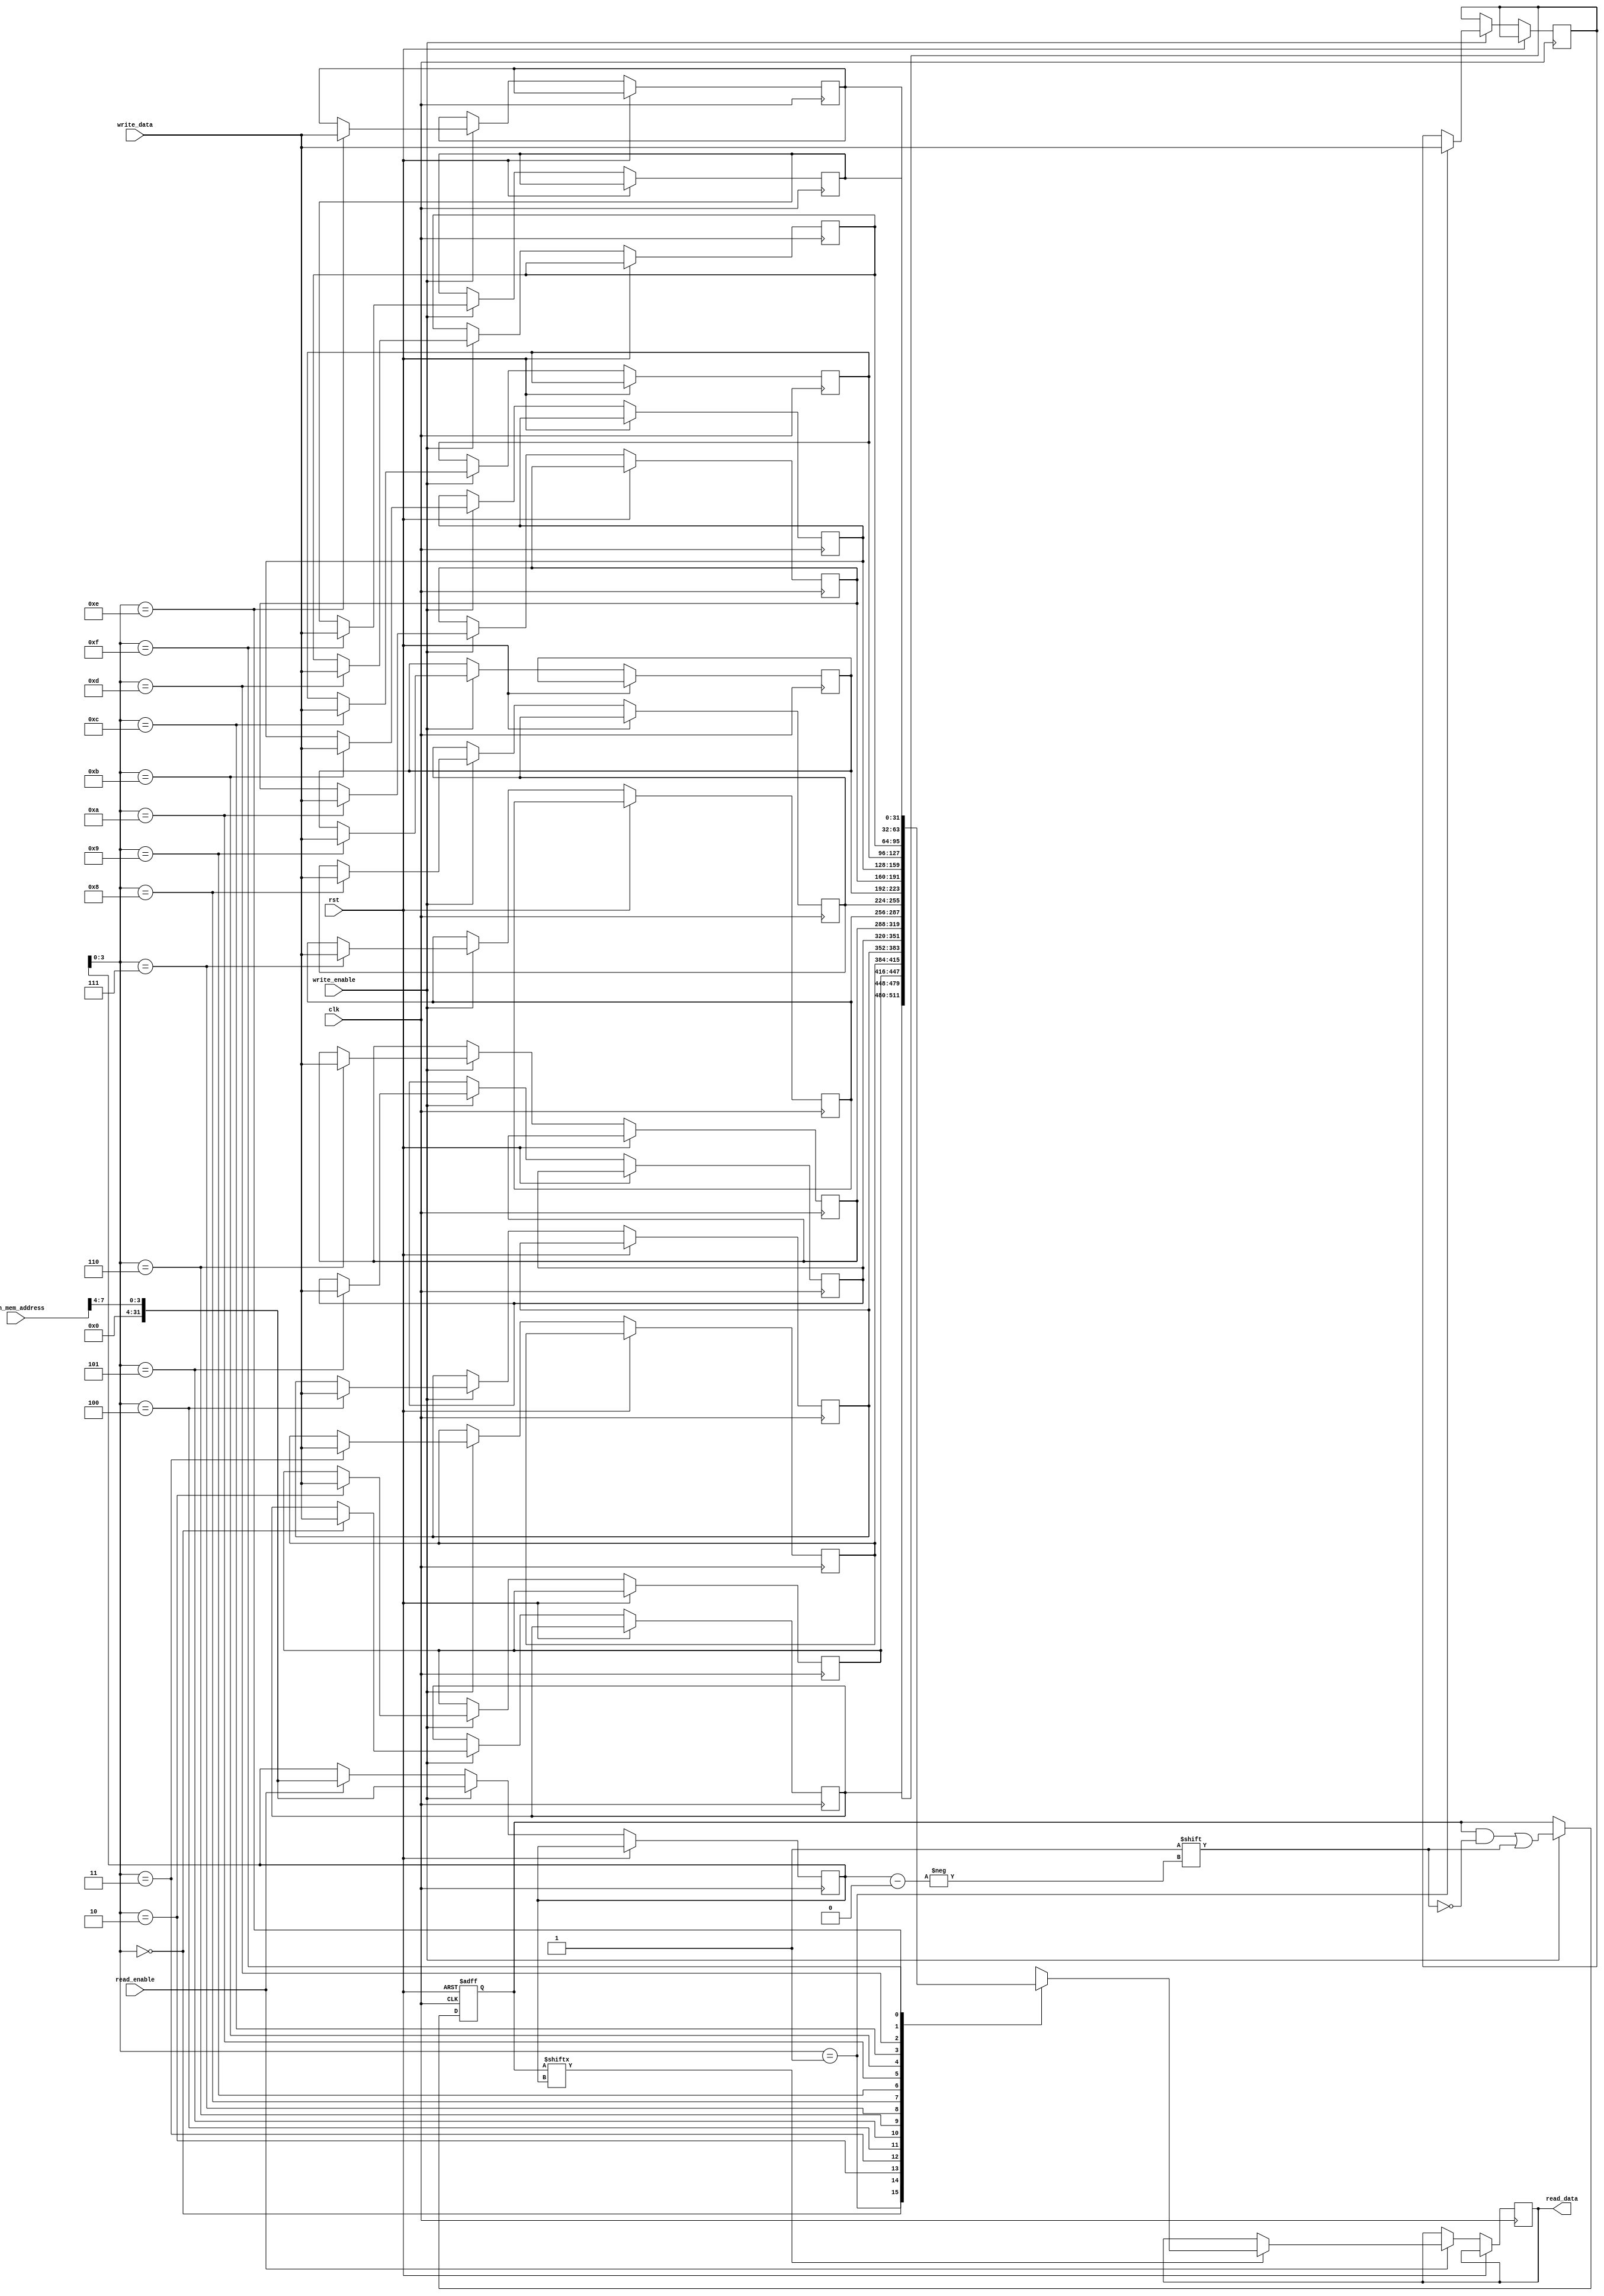
module cache_memory (
    input wire clk,
    input wire rst,
    input wire [31:0] main_mem_address,
    input wire [31:0] write_data,
    input wire write_enable,
    input wire read_enable,
    output reg [31:0] read_data
);

reg [31:0] cache_data [0:15]; // 16 sets of cache data
reg [31:0] cache_tags [0:15]; // 16 sets of cache tags
reg [3:0] valid_bits; // 1 bit per cache set to indicate if data is valid
reg [31:0] cache_index;
reg [31:0] cache_tag;

// Sequential logic for cache memory
always @(posedge clk or posedge rst) begin
    if (rst) begin
        valid_bits <= 0;
    end else begin
        // Cache read operation
        if (read_enable) begin
            cache_index <= main_mem_address[7:4];
            cache_tag <= main_mem_address[31:8];
            if (valid_bits[cache_index]) begin
                read_data <= cache_data[cache_index];
            end else begin
                // Need to fetch data from main memory
            end
        end
        
        // Cache write operation
        if (write_enable) begin
            cache_index <= main_mem_address[7:4];
            cache_tag <= main_mem_address[31:8];
            cache_data[cache_index] <= write_data;
            cache_tags[cache_index] <= cache_tag;
            valid_bits[cache_index] <= 1;
        end
    end
end

// Add additional logic for comparator, control unit, replacement policy, etc.

endmodule